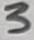
Text: 3